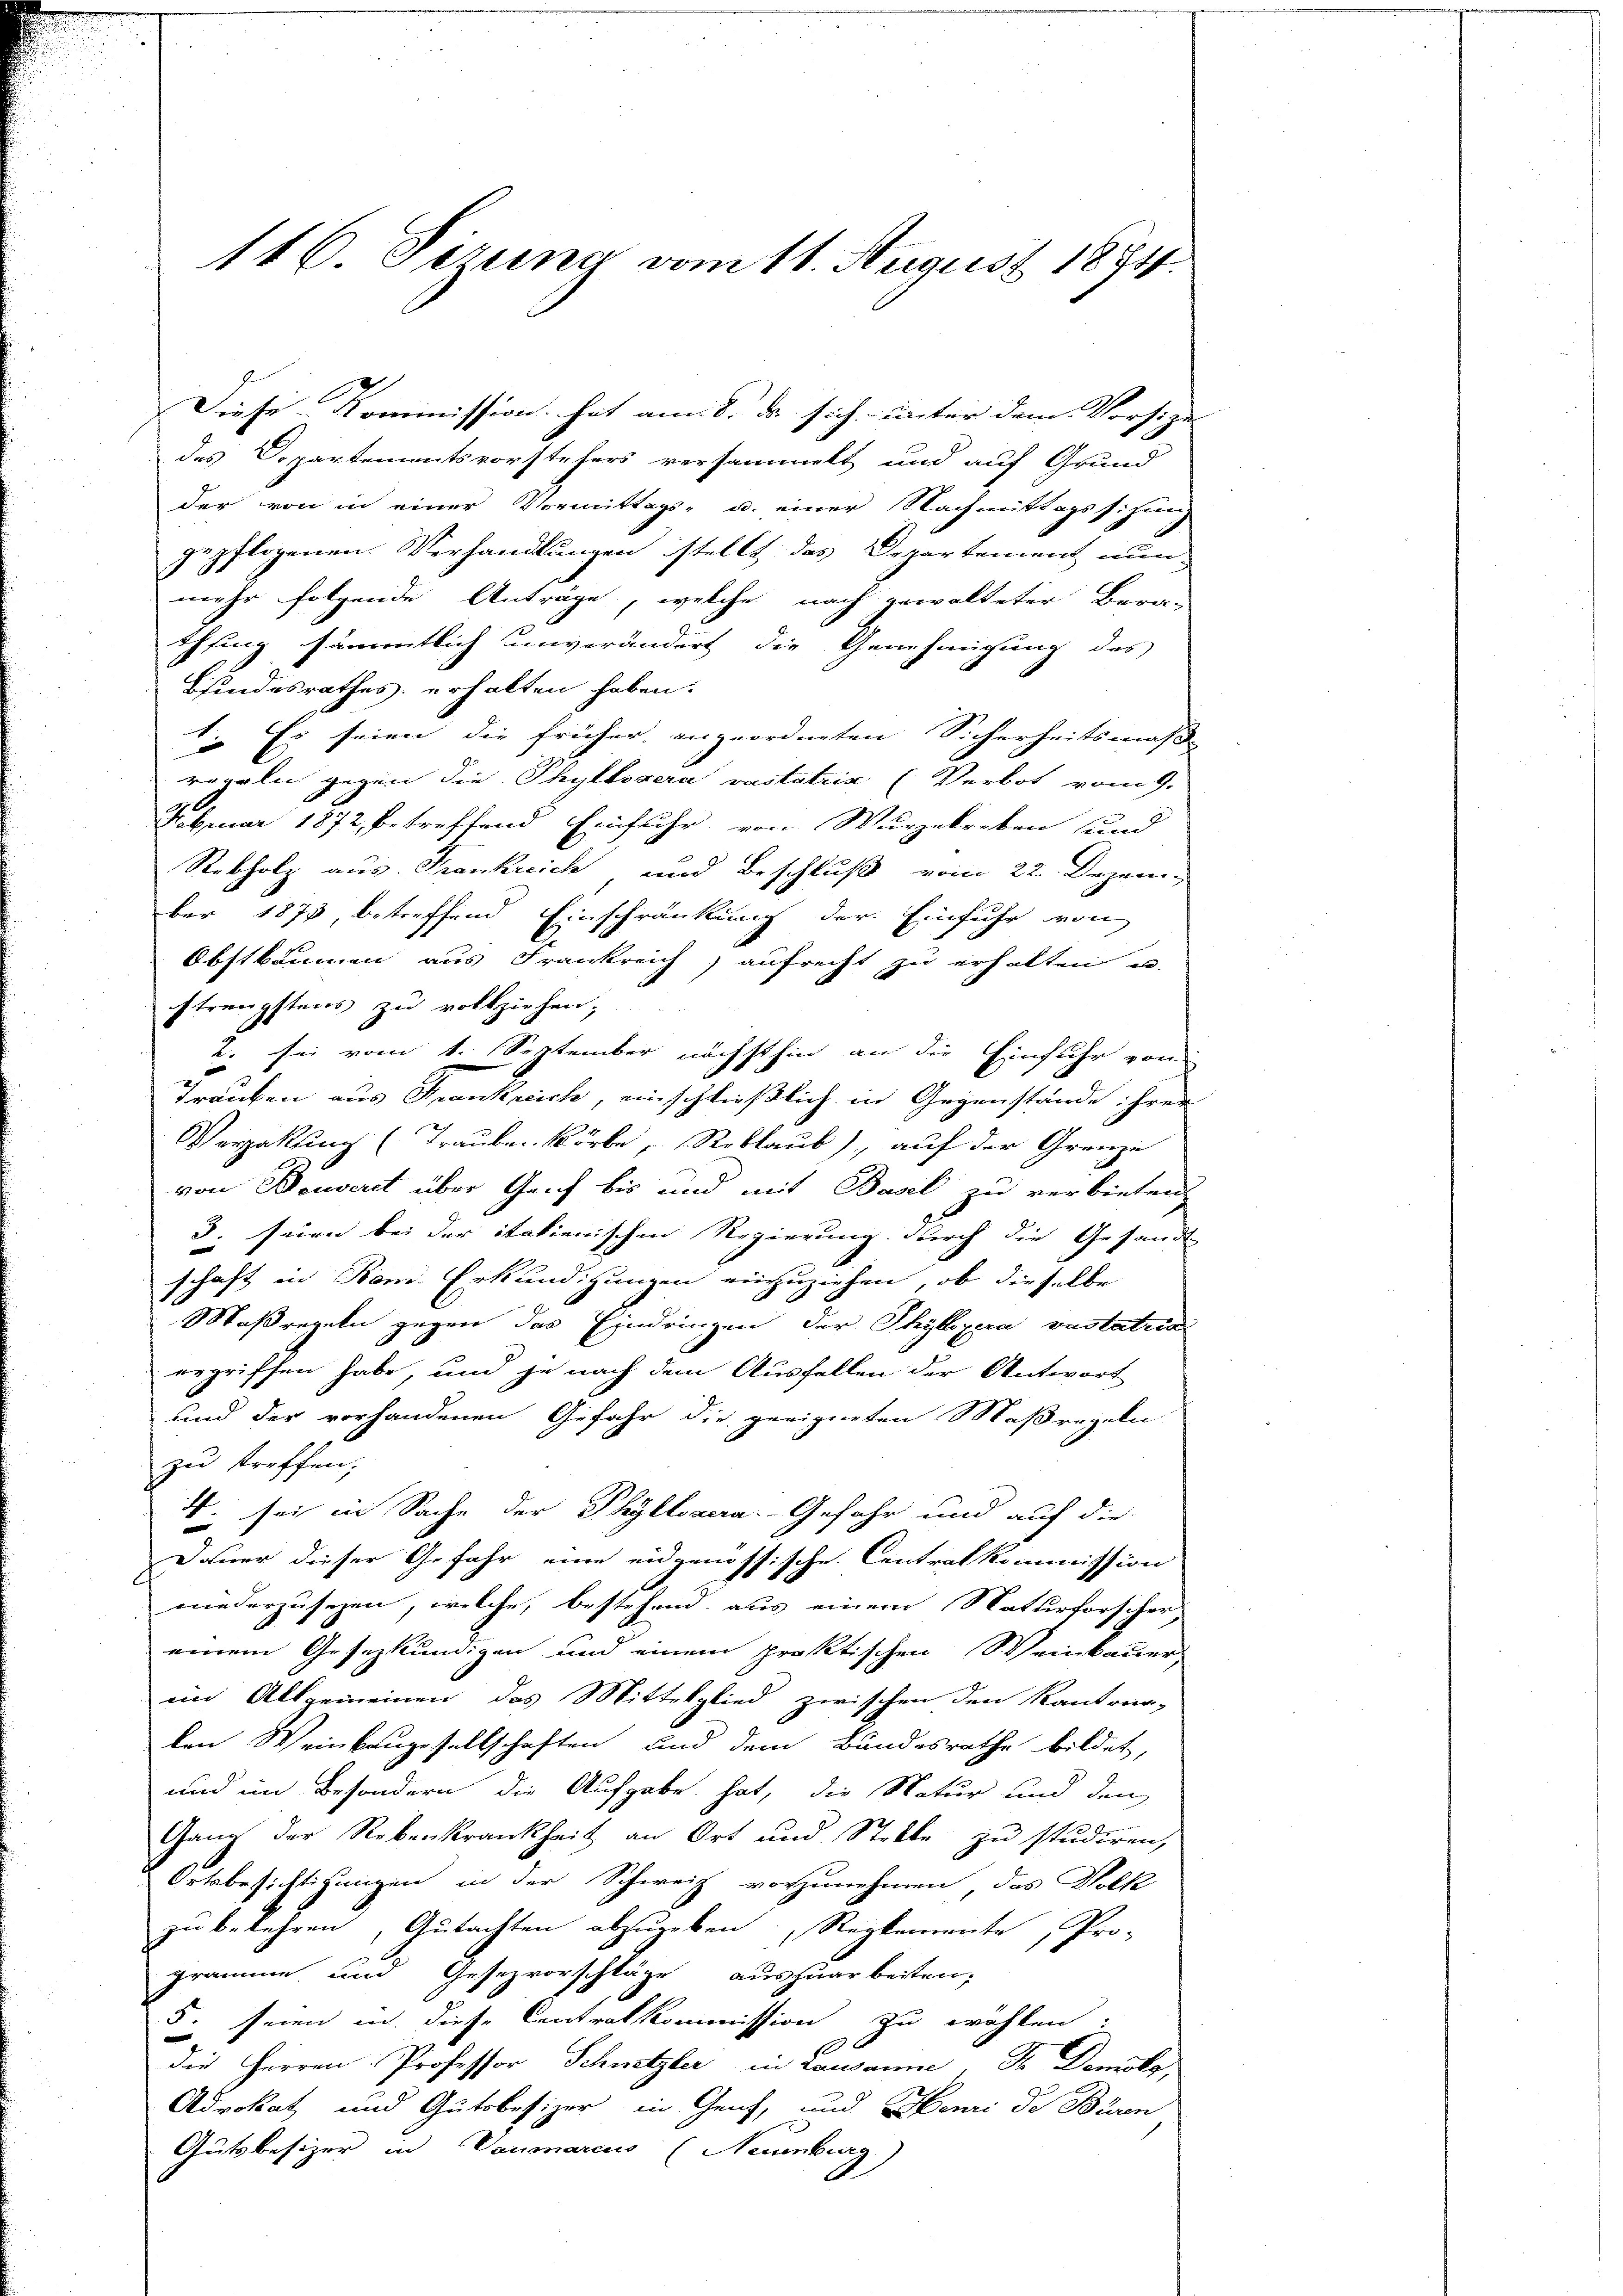
116. Sizung vom 11. August 1874.

Diese Kommission hat am 8. ds sich unter dem Vorsize
des Departementsvorstehers versammelt und auf Grund
der von in einer Vormittags- u. einer Nachmittagssitzung
gepflogenen Verhandlungen stellt das Departement nun
)
mehr folgende Anträge, welches nach gewalteter Berein
Ehfing sämmtlich unverändert die Genehmigung des
Bindesrathes erhalten haben.
1. Es seien die früher angeordneten Sicherheitsmäß
regeln gegen die Phyllszera vaststria (Verbot vom 9.
Februar 1872, betreffend Einfuhr von Wurzelreben und
Rebholz aus Frankreich und Beschluß vom 22. Dezember 1873, betreffend Einschränkung der Einfuhr von
Obstbäumen aus Frankreich, aufrecht zu erhalten u.
strengstens zu vollziehen;
2. sei vom 1. September nächsthin an die Einfuhr von
Trauben aus Frankreich, einschließlich in Gegenstände ihrer
Vergabung (Trauben Körbe, Reblaub), auf der Grenze
von Bauverit über Genf bis und mit Basel zu verbieten,
3. seien bei der italienischen Regierung durch die Gesand
schaft in Rom. Erkundigungen einzuziehen, ob dieselbe
Maßregeln gegen das Eindringen der Phylopera vastatica
ergriffen habe, und je nach dem Ausfallen der Antwort
und der vorhandenen Gefahr die geeigneten Maßregeln
zu treffen;
. sei in Sache der Phyllsaera. Gefahr und auf die
Dauer dieser Gefahr eine eidgenössische Centralkommission
niederzusezen, welche, bestehend, aus einem Naturforscher,
einem Gesezkundigen und einem praktischen Weinkauer
im Allgemeinen das Mittelglied zwischen den Kantons-
len Weinkaugesellschaften und dem Bundesrathe bildet,
und im Besondern die Aufgabe hat, die Natur und den
Gang der Rebenkrankheit an Ort und Stelle zŭ studiren,
Ortsbesichtigungen in der Schweiz vorzunehmen, das Volk
zu belehren, Gutachten abzugeben, Reglemente, Pro-
5
gramme und Gesezvorschläge auszuarbeiten-
5. seien in diese Centralkommission zu wohlen.
die Herren Professor Schnetzler in Lausanne Dr. Demoly,
Advokat und Gutsbesizer in Genf, und Henri de Bessen
Gutsbesizer in Daumarius (Neuenburg)